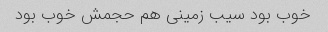
خوب بود سیب زمینی هم حجمش خوب بود